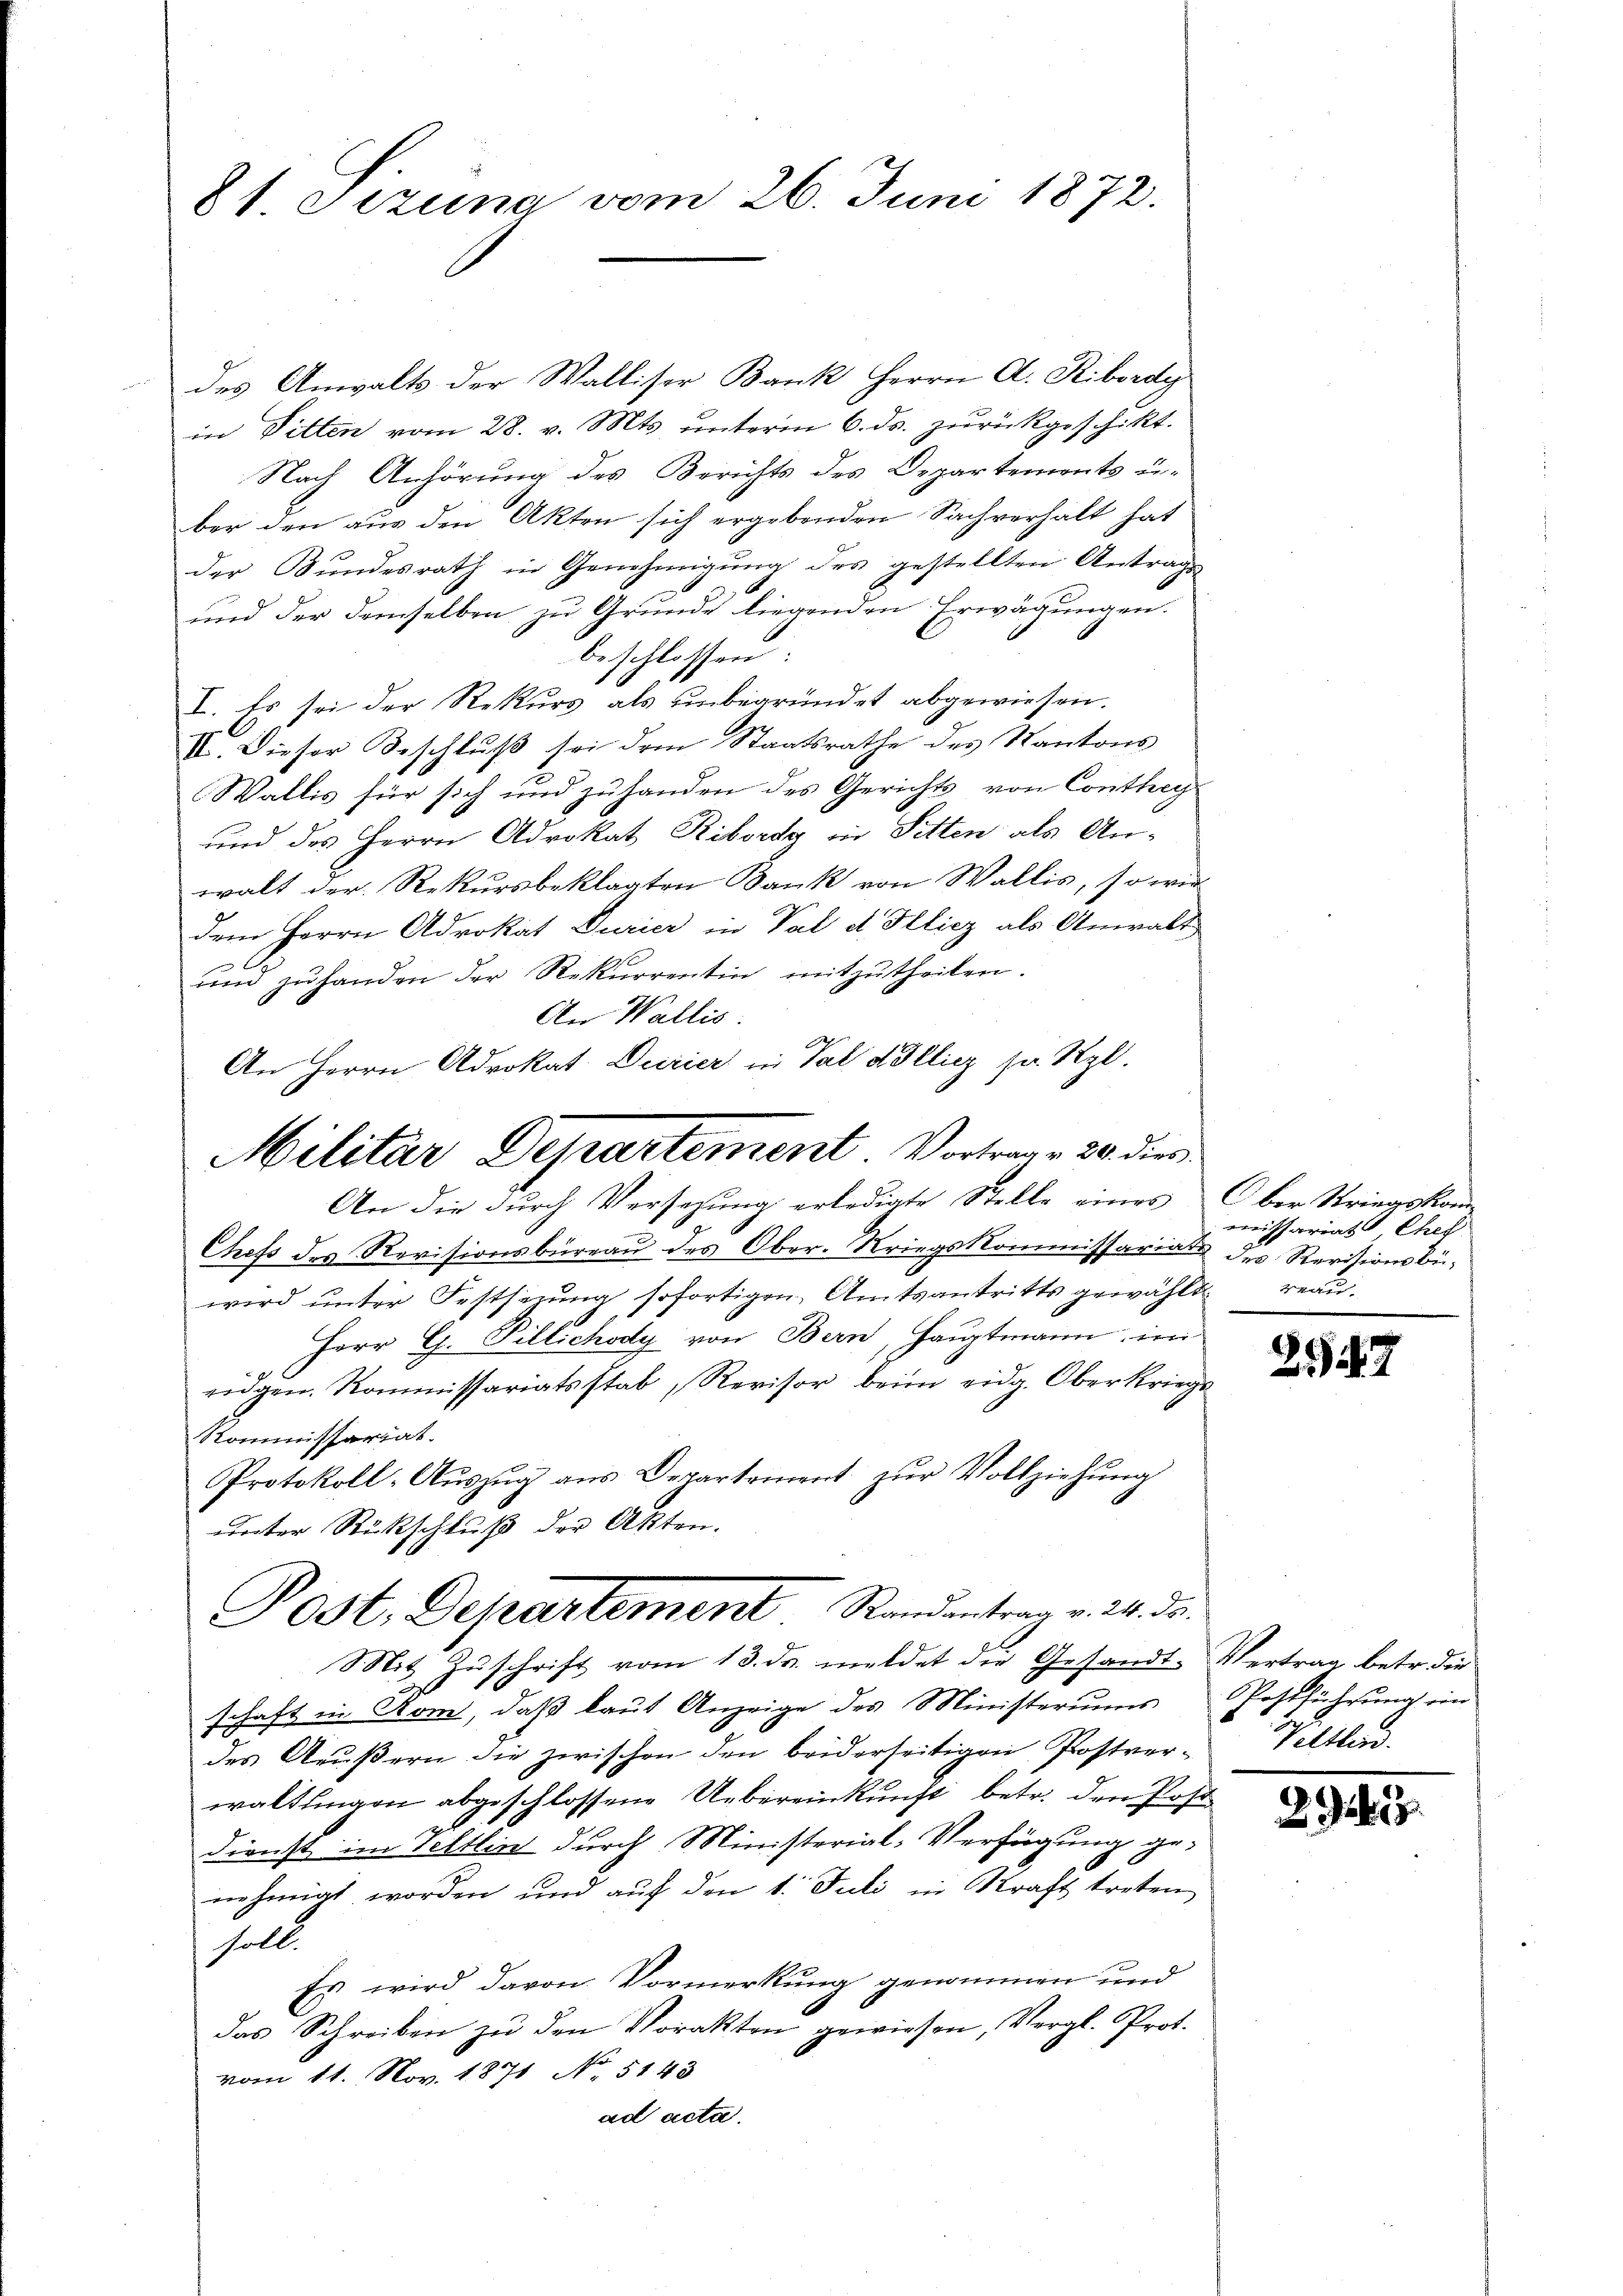
21 Sezung vom 26. Juni 1872.

des Anwalts der Walliser Bank Herrn A. Ribordy
in Pitten vom 28. v. Mts. unterm 6. ds. zurückgeschikt.
Nach Anhörung des Berichts des Departemonts über den aus den Akten sich ergebenden Sachverhalt hat
der Bŭndesrath in Genehmigŭng des gestellten Antragen
und der demselben zu Grunde liegenden Erwägungen.
beschlossen
I. Es sei der Rekurs als unbegründet abgewiesen.
VI. Dieser Beschluß sei dem Staatsrathe des Kantons
Wallis für sich und zuhanden des Gerichts von Contrag
und des Herrn Advokat Riborsg in Sitten als Anwalt der Rekursbeklagten Bank von Wallis, so wie
dem Herrn Advokat Curier in Val d. Illicz als Anwalt
und zŭ handen der Rekurrentin mitzŭtheilen.
An Wallis.
An Herrn Advokat Durier in Val dollicz zu Rzl.

wird unter Festserung sofortigen Amtsantritts gewählt
Herr G. Pillichody von Bern, Hauptmann, im
ridgen. Kommissariatsstab, Revisor beim eidg. Oberkriegs
Kommissariat.
Protokoll-Aŭszŭg aŭs Departement zŭr Vollziehŭng
unter Rückschluß der Akten.
schaft in Rom, daß laut Anzeige des Ministeriums Postführung ein
des Aeŭβern die zwischen den beiderseitigen Postver- Veltlad
waltungen abgeschlossene Uebereinkunft, betr. den Post
dienst im Veltlin durch Ministerial-Verfügung ge-
nehmigt worden und aŭf den 1. Juli in Kraft treten
soll.
Es wird davon Vormerkung genommen und
das Schreiben zŭ den Vorakten gewiesen, Vergl. Prot.
vom 11. Nov. 1871 No 5143
ad acta.

Militar Departement. Vortrage 20. dies
An die durch Versezung erledigte Stelle eines Ober Striegskom¬
Chefs des Revisionsbüreau des Ober- Kriegskommissariats des Revisionsbü¬

Post. Departement Randantrag v. 24. ds.
Mit Zŭschrift vom 13. ds. meldet die Gesandt-Vertrag betr. die

missariat Chef
reau.

2

17

2945